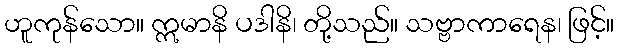
ဟူကုန်သော။ ဣမာနိ ပဒါနိ၊ တို့သည်။ သဗ္ဗာကာရေန၊ ဖြင့်။